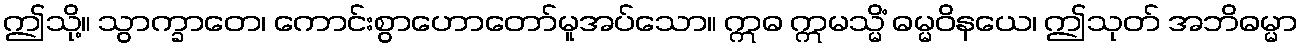
ဤသို့။ သွာက္ခာတေ၊ ကောင်းစွာဟောတော်မူအပ်သော။ ဣဓ ဣမသ္မိံ ဓမ္မဝိနယေ၊ ဤသုတ် အဘိဓမ္မာ